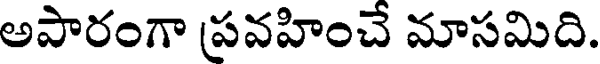
అపారంగా ప్రవహించే మాసమిది.